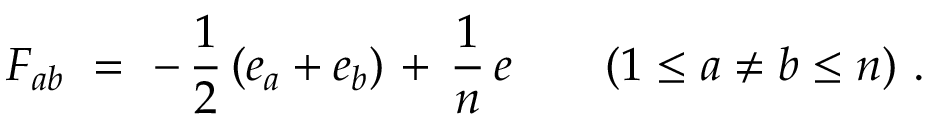
F _ { a b } ~ = ~ - \, { \frac { 1 } { 2 } } \left( e _ { a } + e _ { b } \right) \; \! + \, { \frac { 1 } { n } } \, e \qquad ( 1 \leq a \neq b \leq n ) ~ .